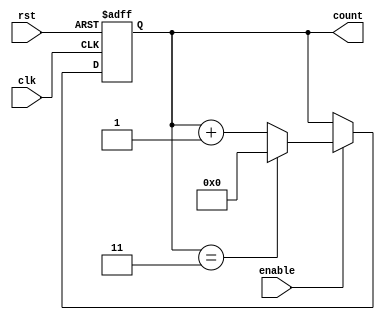
module ModuloN_Up_Counter (
    input wire clk,
    input wire rst,
    input wire enable,
    output reg [N-1:0] count
);

parameter N = 4; // Specify the modulo-N value

always @(posedge clk or posedge rst) begin
    if (rst) begin
        count <= 0;
    end else if (enable) begin
        if (count == N-1) begin
            count <= 0;
        end else begin
            count <= count + 1;
        end
    end
end

endmodule